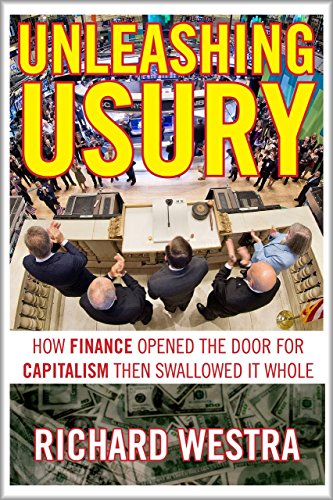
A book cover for Unleashing Usury: How Finance Opened the Door to Capitalism Then Swallowed It Whole; Richard Westra; Business & Money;